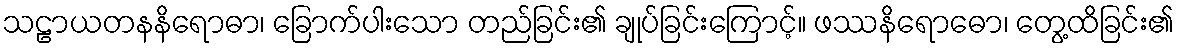
သဠာယတနနိရောဓာ၊ ခြောက်ပါးသော တည်ခြင်း၏ ချုပ်ခြင်းကြောင့်။ ဖဿနိရောဓော၊ တွေ့ထိခြင်း၏